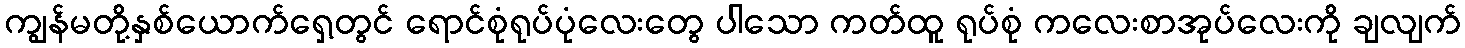
ကျွန်မတို့နှစ်ယောက်ရှေ့တွင် ရောင်စုံရုပ်ပုံလေးတွေ ပါသော ကတ်ထူ ရုပ်စုံ ကလေးစာအုပ်လေးကို ချလျက်